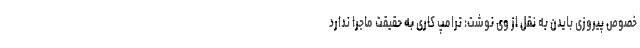
خصوص پیروزی بایدن به نقل از وی نوشت: ترامپ کاری به حقیقت ماجرا ندارد